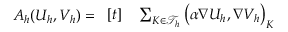
A _ { h } ( U _ { h } , V _ { h } ) = \begin{array} { r l } { [ t ] } & { { } \sum _ { K \in \mathcal { T } _ { h } } \big ( \alpha \nabla U _ { h } , \nabla V _ { h } \big ) _ { K } } \end{array}